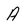
Character: A